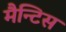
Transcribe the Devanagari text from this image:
मैन्टिस